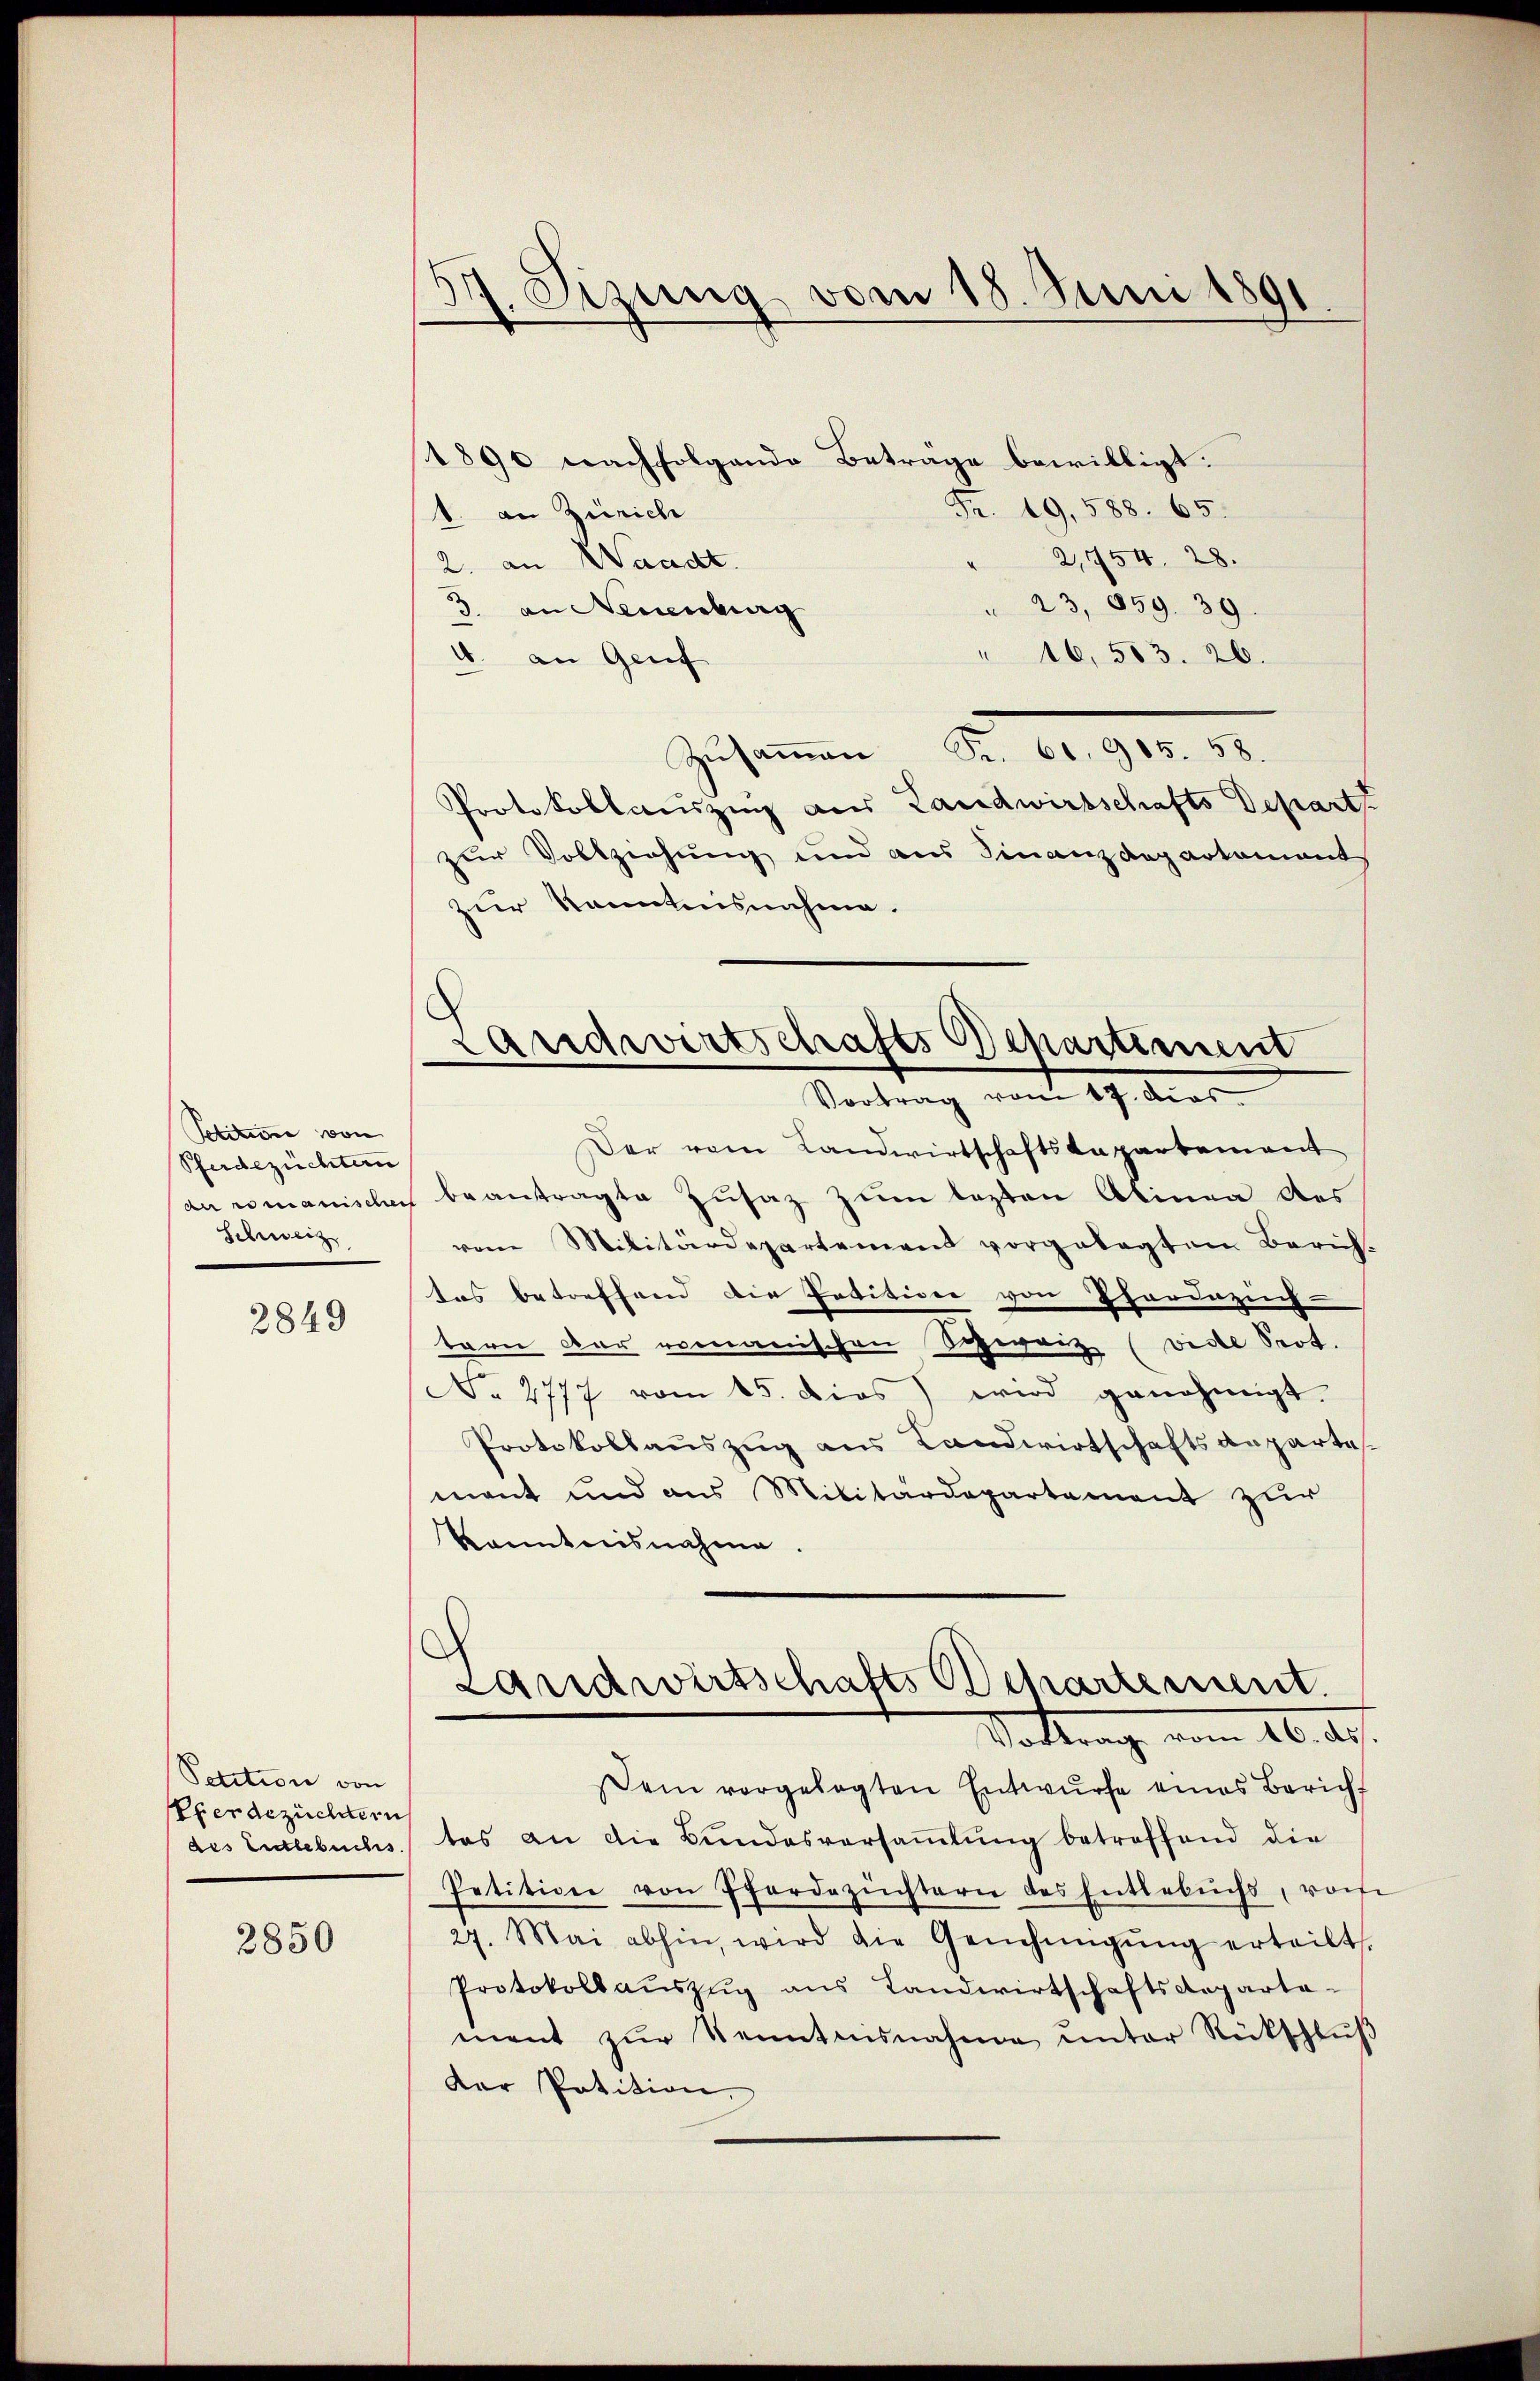
Petitime von
Pferdezüchten
an romanischen
Schweiz

2849

Petition von
Eferdezüchtern
des Entlebuchs.

2850

37. Sizung vom 18. Juni 1891.

Landwirtschafts Departement
Vortrag vom 19. Aus

1890 nachfolgende Betrage bewilligt:
Fr. 19,588. 65.
1. an Zürich
2,754. 28.
2. an Waadt.
23, 859. 39.
3. an Neuenburg
" 16,563. 26.
1. an Genf
Zŭsaṁen Fr. 61. 905. 58.
Protokollauszing aus Landwirtschafts Depart
zur Vollziehung und aus Finanzdeparkament
zur kanntensnahme.
Der vom Landwirtschaftskapartement
beantragte Zŭsaz zum lezten Alinea des
vom Militärdepartement vorgelegtem Bericht
tas betreffend die Positiver von Therdezuch
tern der romanischen Schwarz (Bidel Spot.
No 2777 vom 15. dies wird genehmigt.
Protokollauszug aus Landwirtschaftsangarte
mant und aus Militärdepartement zur
kanntnisnahme.
Landwirtschafts Departement.
Stattung vom 16. ds.
em vorgelegten Entwŭrfe eines Bericht
tes an die Bundesversammlung betreffend die
Petition von Pferdezünstern des Entlebuchs, von
27. Mai abhin, wird die Genehmigŭng erteilt.
Protokoll aŭszŭg ans Landwirtschaftsdeparta-
ment zŭr Kenntensnahme unter Rückschlŭβ
Dar Patition,